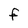
Character: f